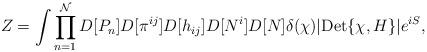
LaTeX: \begin{align*}Z= \int \prod_{n=1}^{\mathcal{N}}D[P_n]D[\pi^{ij}] D[h_{ij}] D[N^i] D[N] \delta(\chi)|{\rm Det}\{\chi, H\}| e^{i S},\end{align*}